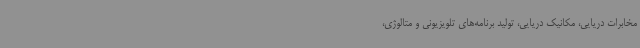
مخابرات دریایی، مکانیک دریایی، تولید برنامه‌های تلویزیونی و متالوژی،